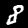
Digit: 8